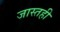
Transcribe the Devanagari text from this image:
जास्तही